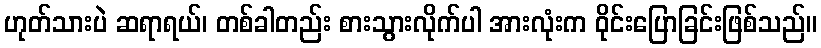
ဟုတ်သားပဲ ဆရာရယ်၊ တစ်ခါတည်း စားသွားလိုက်ပါ အားလုံးက ဝိုင်းပြောခြင်းဖြစ်သည်။